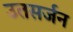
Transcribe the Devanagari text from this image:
उतसर्जन